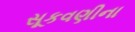
સૂકવણીના